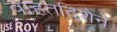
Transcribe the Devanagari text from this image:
वाहतदिशेने